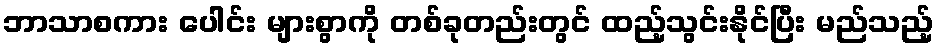
ဘာသာစကား ပေါင်း များစွာကို တစ်ခုတည်းတွင် ထည့်သွင်းနိုင်ပြီး မည်သည့်